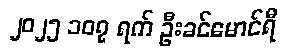
၂၀၂၅ ၁၀၇ ရက် ဦးခင်မောင်ရီ